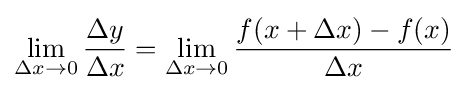
\lim _{\Delta x\rightarrow 0}{\frac {\Delta y}{\Delta x}}=\lim _{\Delta x\rightarrow 0}{\frac {f(x+\Delta x)-f(x)}{\Delta x}}